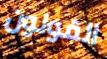
القولون